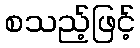
စသည့်ဖြင့်